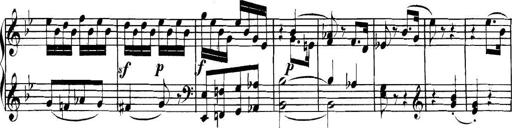
Title: Collected Piano Sonatas
Composer: Muzio Clementi